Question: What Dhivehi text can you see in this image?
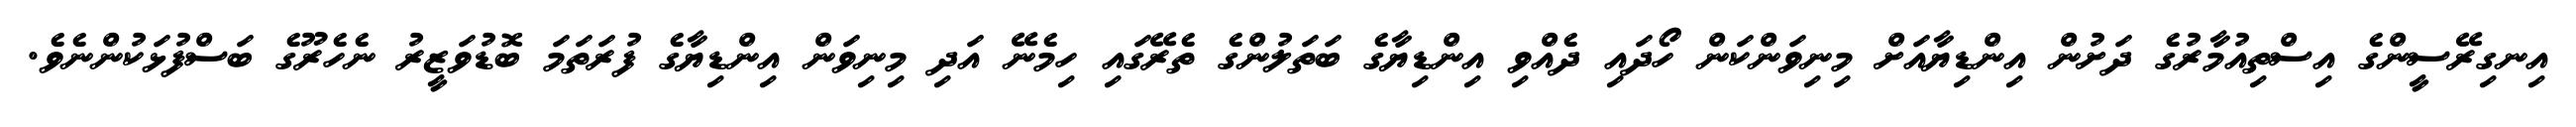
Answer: އިނގިރޭސީންގެ އިސްތިއުމާރުގެ ދަށުން އިންޑިޔާއަށް މިނިވަންކަން ހޯދައި ދެއްވި އިންޑިޔާގެ ބަތަލުންގެ ތެރޭގައި ހިމެނޭ އަދި މިނިވަން އިންޑިޔާގެ ފުރަތަމަ ބޮޑުވަޒީރު ނެހެރޫގެ ބަސްފުޅަކުންނެވެ.